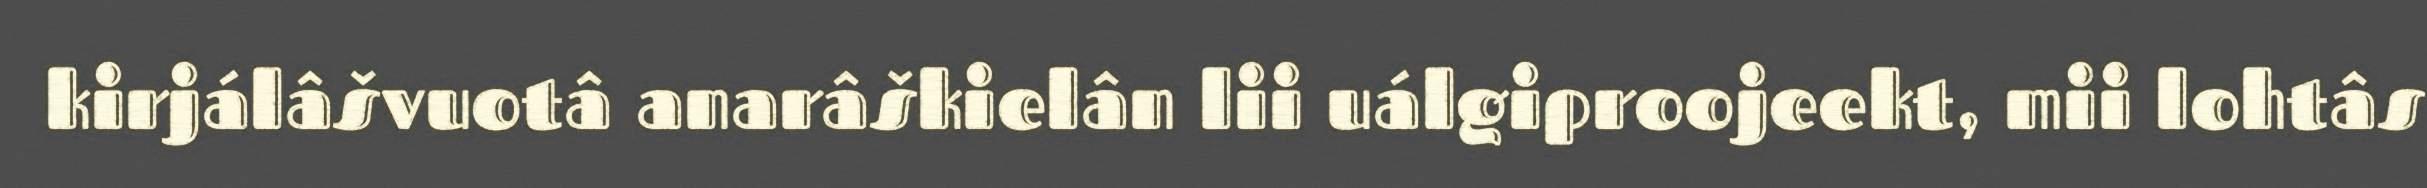
kirjálâšvuotâ anarâškielân lii uálgiproojeekt, mii lohtâs